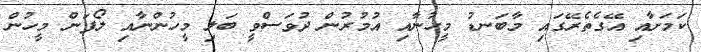
ކަމަށާއި އޭގެތެރޭގައި މާބަނޑު މީހުނާއި އުމުރުން ދުވަސްވީ ބަލި މީހުންނާއި ލޯފަން މީހުން